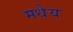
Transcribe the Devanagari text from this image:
मधेय